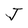
Character: J